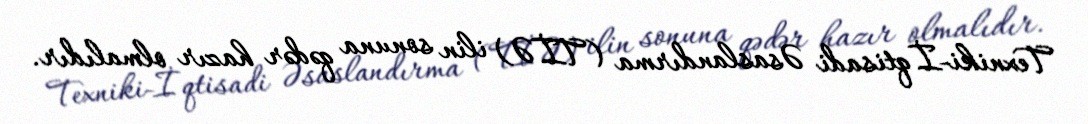
Texniki-İqtisadi Əsaslandırma (TİƏ) ilin sonuna qədər hazır olmalıdır.